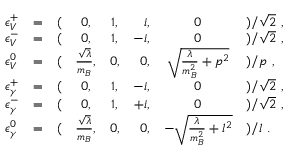
\begin{array} { l c l c c r c l } { { \epsilon _ { V } ^ { + } } } & { { = } } & { { ( } } & { { 0 , } } & { { 1 , } } & { { i , } } & { { 0 } } & { { ) / \sqrt { 2 } ~ , } } \\ { { \epsilon _ { V } ^ { - } } } & { { = } } & { { ( } } & { { 0 , } } & { { 1 , } } & { { - i , } } & { { 0 } } & { { ) / \sqrt { 2 } ~ , } } \\ { { \epsilon _ { V } ^ { 0 } } } & { { = } } & { { ( } } & { { \frac { \sqrt { \lambda } } { m _ { B } } , } } & { { 0 , } } & { { 0 , } } & { { \sqrt { \frac { \lambda } { m _ { B } ^ { 2 } } + p ^ { 2 } } } } & { { ) / p ~ , } } \\ { { \epsilon _ { \gamma } ^ { + } } } & { { = } } & { { ( } } & { { 0 , } } & { { 1 , } } & { { - i , } } & { { 0 } } & { { ) / \sqrt { 2 } ~ , } } \\ { { \epsilon _ { \gamma } ^ { - } } } & { { = } } & { { ( } } & { { 0 , } } & { { 1 , } } & { { + i , } } & { { 0 } } & { { ) / \sqrt { 2 } ~ , } } \\ { { \epsilon _ { \gamma } ^ { 0 } } } & { { = } } & { { ( } } & { { \frac { \sqrt { \lambda } } { m _ { B } } , } } & { { 0 , } } & { { 0 , } } & { { - \sqrt { \frac { \lambda } { m _ { B } ^ { 2 } } + l ^ { 2 } } } } & { { ) / l ~ . } } \end{array}